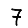
Digit: 7